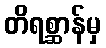
တိရစ္ဆာန်မှ